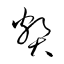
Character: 獘